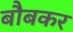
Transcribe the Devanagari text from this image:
बौबकर